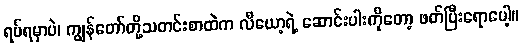
ရပ်ရမှာပဲ၊ ကျွန်တော်တို့သတင်းစာထဲက လီယော့ရဲ့ ဆောင်းပါးကိုတော့ ဖတ်ပြီးရောပေါ့။